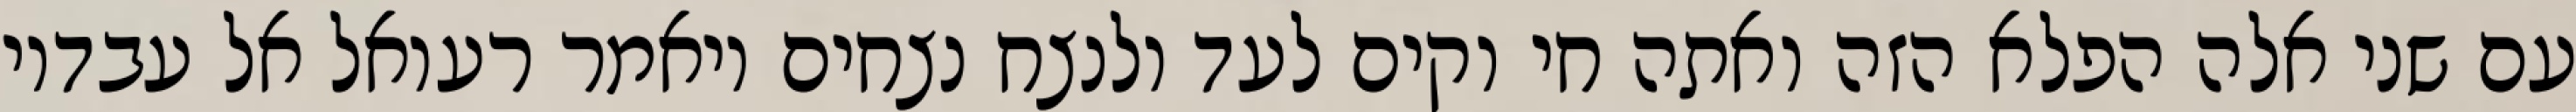
עם שני אלה הפלא הזה ואתה חי וקים לעד ולנצח נצחים ויאמר רעואל אל עבדיו